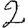
Digit: 2